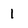
Character: 1